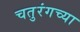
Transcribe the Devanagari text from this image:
चतुरंगच्या